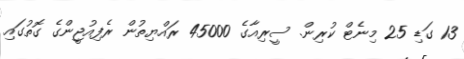
13 ގަޑި 25 މިނެޓް ކުރިން. ސީރިއާގެ 45000 ރައްޔިތުން ރެފިއުޖީންގެ ގޮތުގައި